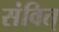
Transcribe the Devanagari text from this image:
संवित्